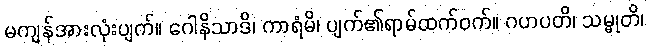
မကျန်အားလုံးပျက်။ ဂေါနိသာဒိ၊ ကာရံမိ၊ ပျက်၏ရာမ်ထက်ဝက်။ ဂဟပတိ၊ သမ္မုတိ၊